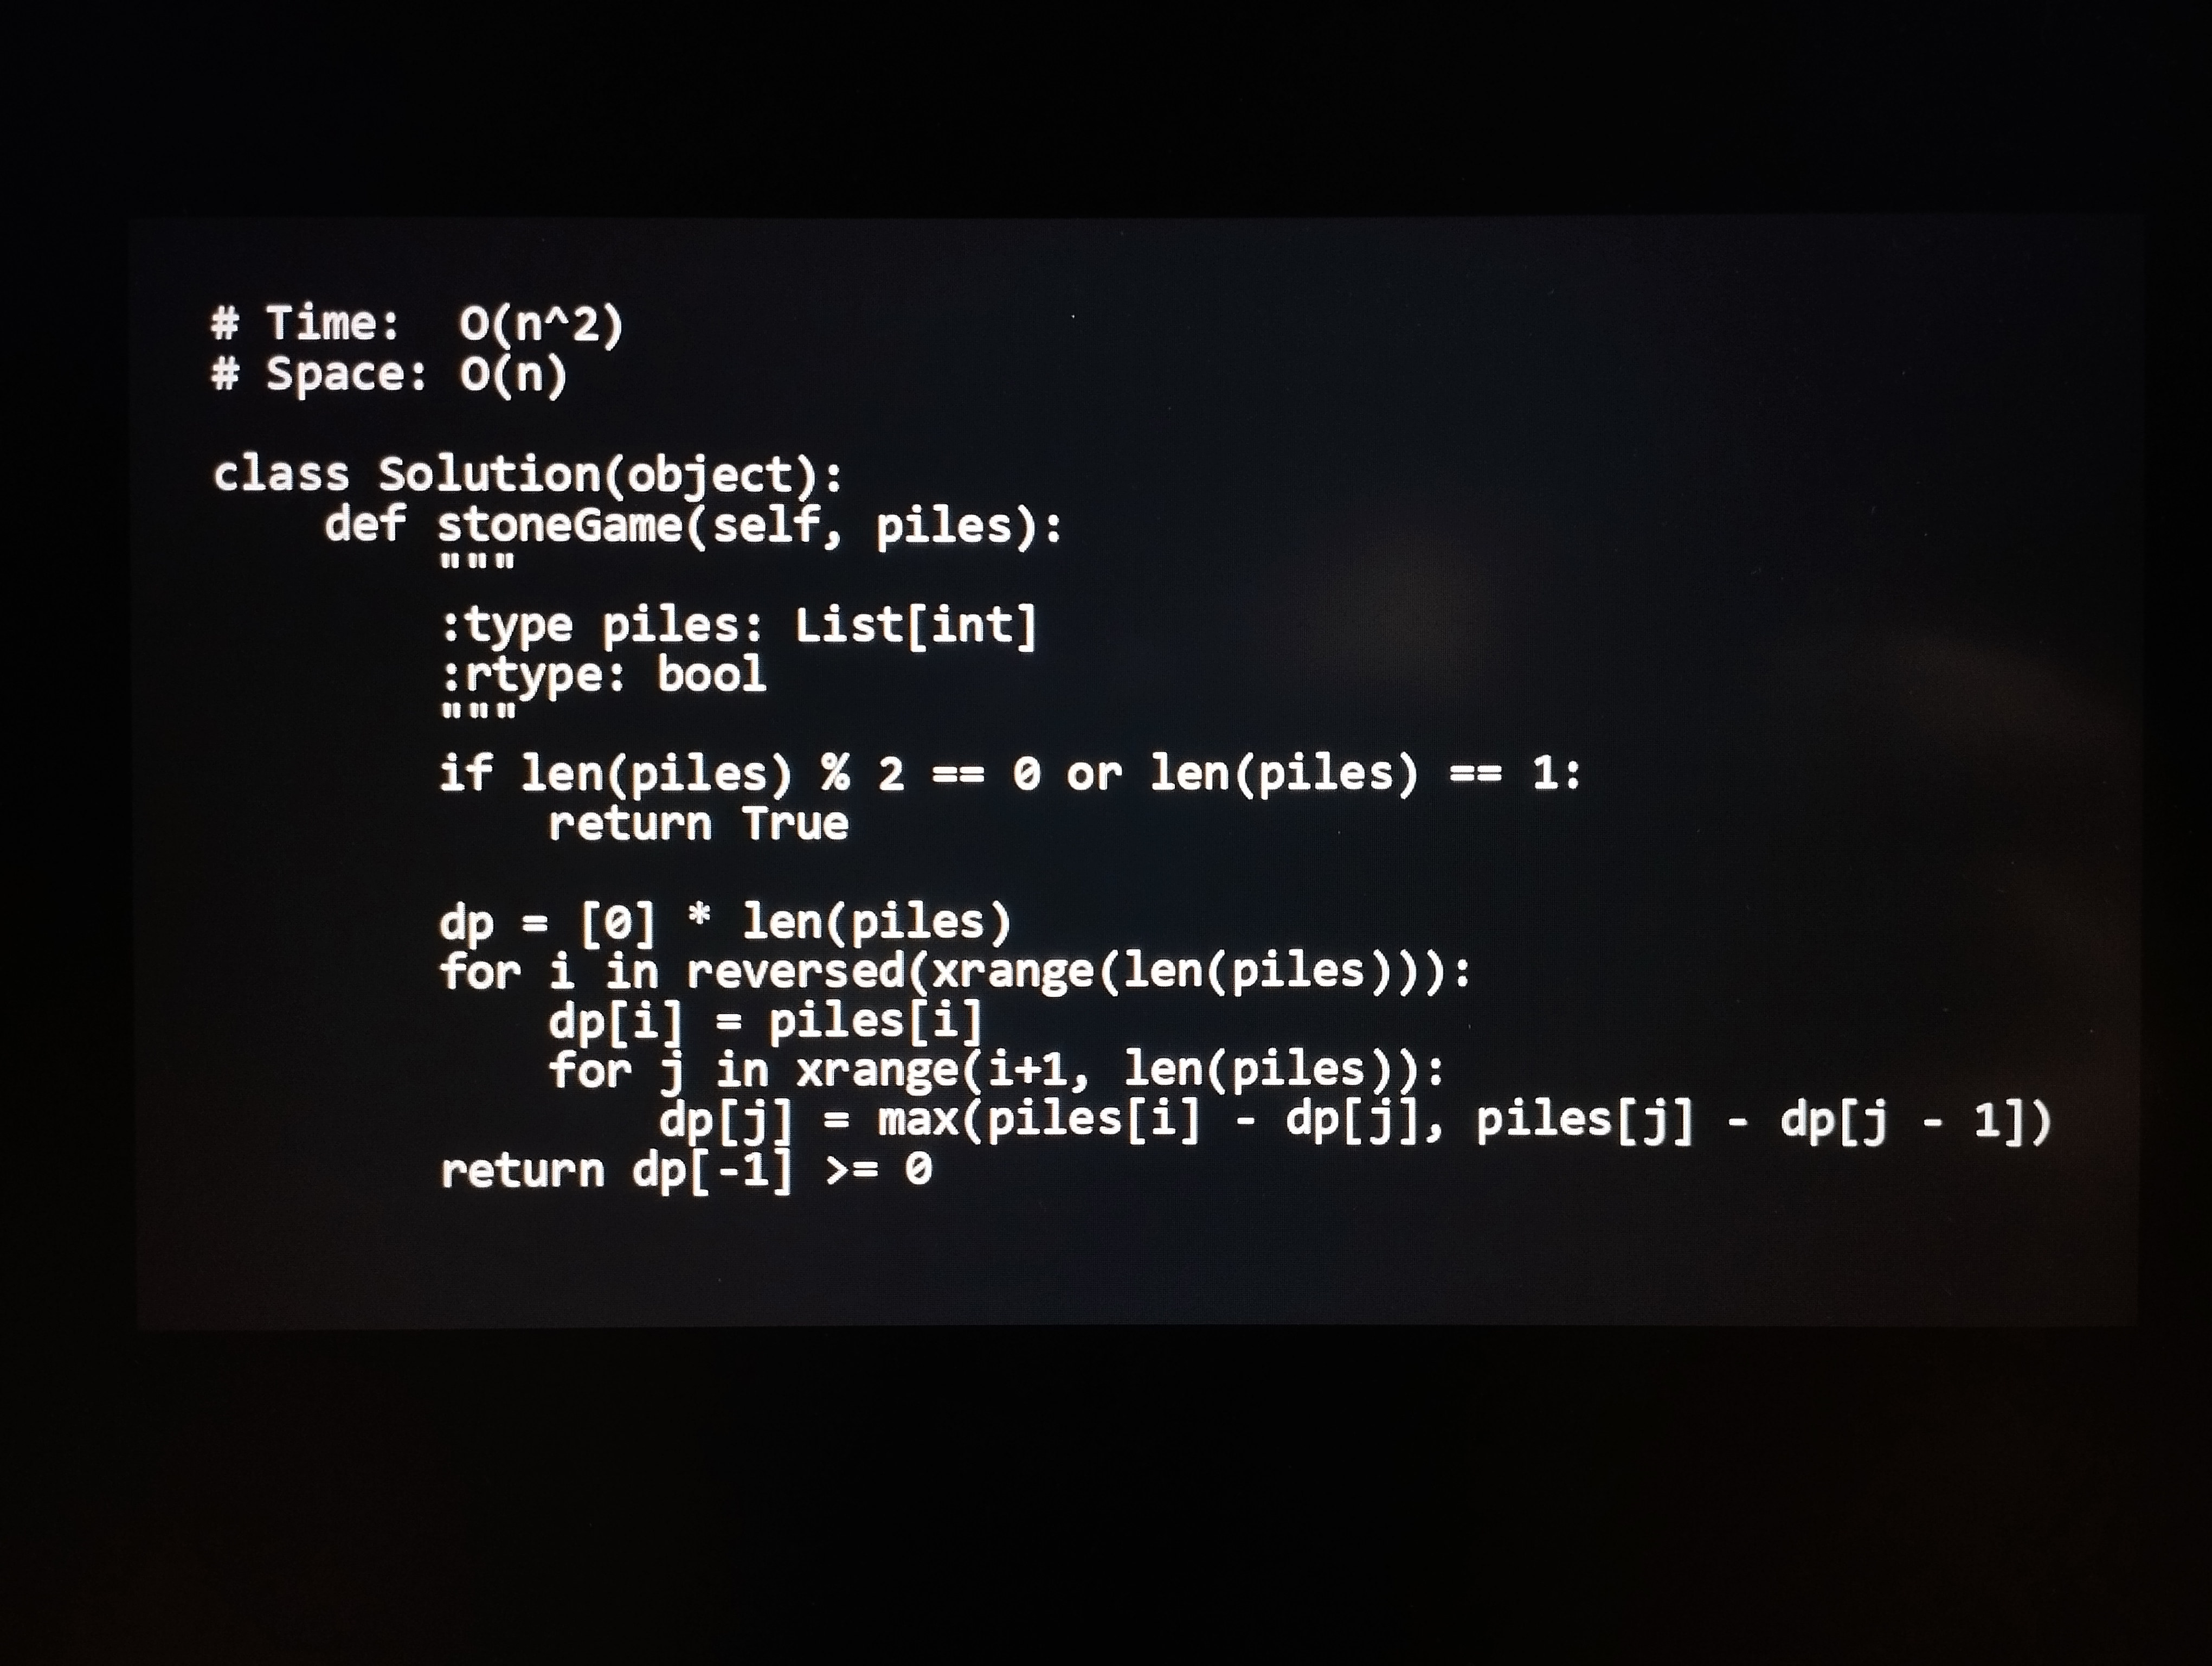
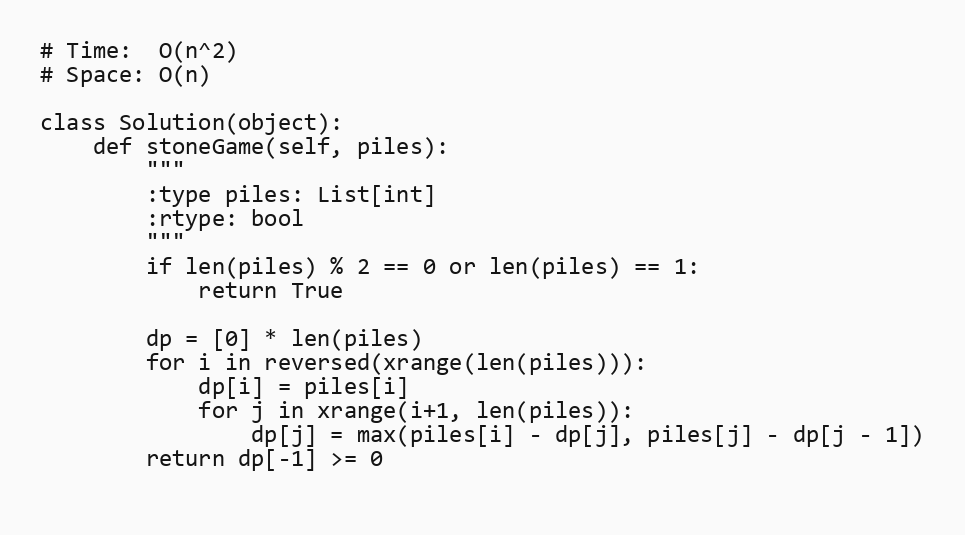
# Time:  O(n^2)
# Space: O(n)

class Solution(object):
    def stoneGame(self, piles):
        """
        :type piles: List[int]
        :rtype: bool
        """
        if len(piles) % 2 == 0 or len(piles) == 1:
            return True

        dp = [0] * len(piles)
        for i in reversed(xrange(len(piles))):
            dp[i] = piles[i]
            for j in xrange(i+1, len(piles)):
                dp[j] = max(piles[i] - dp[j], piles[j] - dp[j - 1])
        return dp[-1] >= 0